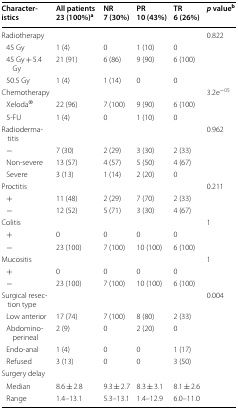
<table><thead><tr><td><b>Characteristics</b></td><td><b>All patients23 (100%)<sup>a</sup></b></td><td><b>NR7 (30%)</b></td><td><b>PR10 (43%)</b></td><td><b>TR6 (26%)</b></td><td><b><i>p</i> value<sup>b</sup></b></td></tr></thead><tbody><tr><td>Radiotherapy</td><td></td><td></td><td></td><td></td><td>0.822</td></tr><tr><td> 45 Gy</td><td>1 (4)</td><td>0</td><td>1 (10)</td><td>0</td><td></td></tr><tr><td> 45 Gy + 5.4 Gy</td><td>21 (91)</td><td>6 (86)</td><td>9 (90)</td><td>6 (100)</td><td></td></tr><tr><td> 50.5 Gy</td><td>1 (4)</td><td>1 (14)</td><td>0</td><td>0</td><td></td></tr><tr><td>Chemotherapy</td><td></td><td></td><td></td><td></td><td>3.2e<sup>−05</sup></td></tr><tr><td> Xeloda®</td><td>22 (96)</td><td>7 (100)</td><td>9 (90)</td><td>6 (100)</td><td></td></tr><tr><td> 5-FU</td><td>1 (4)</td><td>0</td><td>1 (10)</td><td>0</td><td></td></tr><tr><td>Radiodermatitis</td><td></td><td></td><td></td><td></td><td>0.962</td></tr><tr><td> −</td><td>7 (30)</td><td>2 (29)</td><td>3 (30)</td><td>2 (33)</td><td></td></tr><tr><td> Non-severe</td><td>13 (57)</td><td>4 (57)</td><td>5 (50)</td><td>4 (67)</td><td></td></tr><tr><td> Severe</td><td>3 (13)</td><td>1 (14)</td><td>2 (20)</td><td>0</td><td></td></tr><tr><td>Proctitis</td><td></td><td></td><td></td><td></td><td>0.211</td></tr><tr><td> +</td><td>11 (48)</td><td>2 (29)</td><td>7 (70)</td><td>2 (33)</td><td></td></tr><tr><td> −</td><td>12 (52)</td><td>5 (71)</td><td>3 (30)</td><td>4 (67)</td><td></td></tr><tr><td>Colitis</td><td></td><td></td><td></td><td></td><td>1</td></tr><tr><td> +</td><td>0</td><td>0</td><td>0</td><td>0</td><td></td></tr><tr><td> −</td><td>23 (100)</td><td>7 (100)</td><td>10 (100)</td><td>6 (100)</td><td></td></tr><tr><td>Mucositis</td><td></td><td></td><td></td><td></td><td>1</td></tr><tr><td> +</td><td>0</td><td>0</td><td>0</td><td>0</td><td></td></tr><tr><td> −</td><td>23 (100)</td><td>7 (100)</td><td>10 (100)</td><td>6 (100)</td><td></td></tr><tr><td>Surgical resection type</td><td></td><td></td><td></td><td></td><td>0.004</td></tr><tr><td> Low anterior</td><td>17 (74)</td><td>7 (100)</td><td>8 (80)</td><td>2 (33)</td><td></td></tr><tr><td> Abdomino-perineal</td><td>2 (9)</td><td>0</td><td>2 (20)</td><td>0</td><td></td></tr><tr><td> Endo-anal</td><td>1 (4)</td><td>0</td><td>0</td><td>1 (17)</td><td></td></tr><tr><td> Refused</td><td>3 (13)</td><td>0</td><td>0</td><td>3 (50)</td><td></td></tr><tr><td>Surgery delay</td><td></td><td></td><td></td><td></td><td></td></tr><tr><td> Median</td><td>8.6 ± 2.8</td><td>9.3 ± 2.7</td><td>8.3 ± 3.1</td><td>8.1 ± 2.6</td><td></td></tr><tr><td> Range</td><td>1.4–13.1</td><td>5.3–13.1</td><td>1.4–12.9</td><td>6.0–11.0</td><td></td></tr></tbody></table>